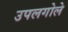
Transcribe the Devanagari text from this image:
उपलगोले